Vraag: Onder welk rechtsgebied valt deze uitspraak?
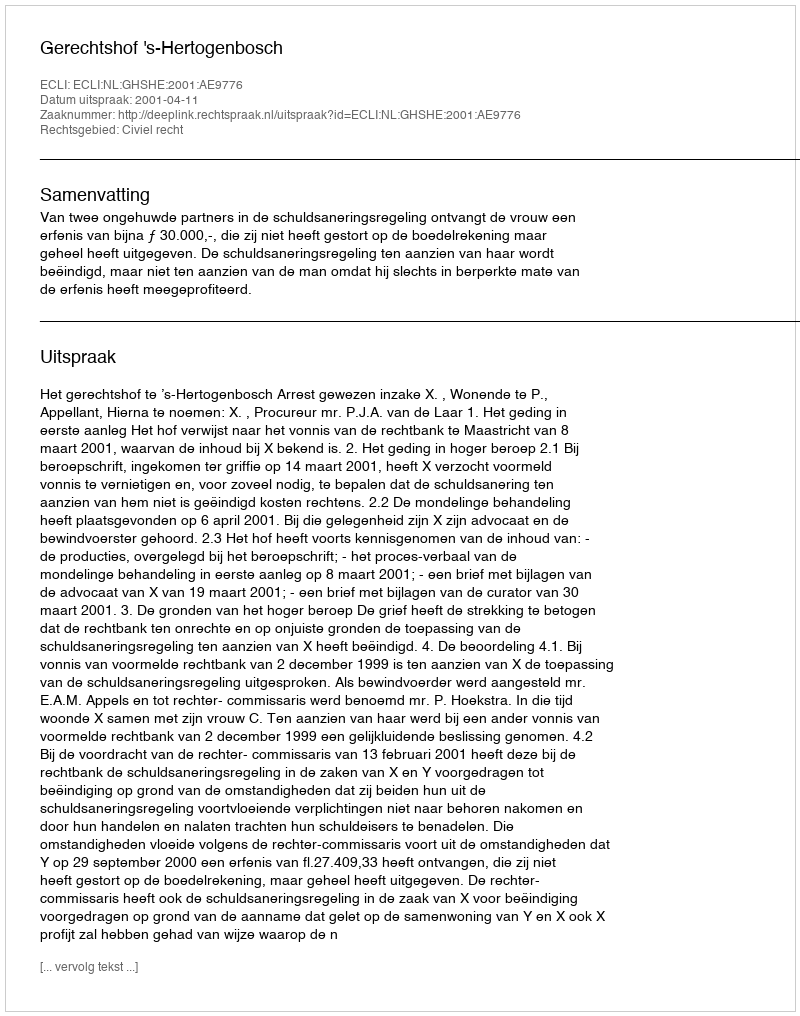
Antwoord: Civiel recht